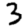
Digit: 3